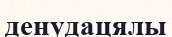
денудацялы